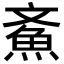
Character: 𩵳